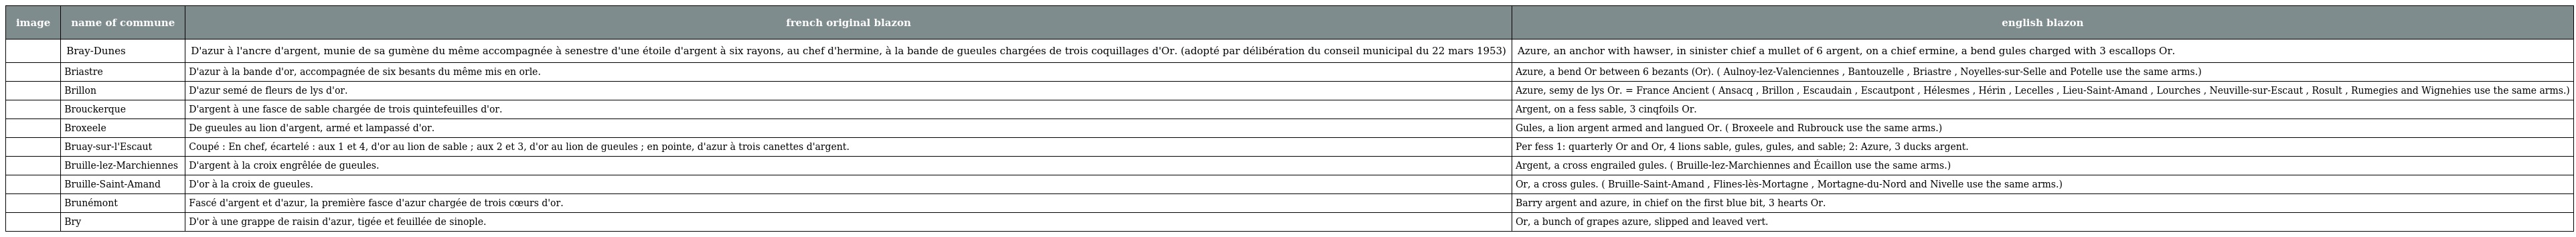
| image | name of commune | french original blazon | english blazon |
 | --- | --- | --- | --- |
 |  | Bray-Dunes | D'azur à l'ancre d'argent, munie de sa gumène du même accompagnée à senestre d'une étoile d'argent à six rayons, au chef d'hermine, à la bande de gueules chargées de trois coquillages d'Or. (adopté par délibération du conseil municipal du 22 mars 1953) | Azure, an anchor with hawser, in sinister chief a mullet of 6 argent, on a chief ermine, a bend gules charged with 3 escallops Or. |
 |  | Briastre | D'azur à la bande d'or, accompagnée de six besants du même mis en orle. | Azure, a bend Or between 6 bezants (Or). ( Aulnoy-lez-Valenciennes , Bantouzelle , Briastre , Noyelles-sur-Selle and Potelle use the same arms.) |
 |  | Brillon | D'azur semé de fleurs de lys d'or. | Azure, semy de lys Or. = France Ancient ( Ansacq , Brillon , Escaudain , Escautpont , Hélesmes , Hérin , Lecelles , Lieu-Saint-Amand , Lourches , Neuville-sur-Escaut , Rosult , Rumegies and Wignehies use the same arms.) |
 |  | Brouckerque | D'argent à une fasce de sable chargée de trois quintefeuilles d'or. | Argent, on a fess sable, 3 cinqfoils Or. |
 |  | Broxeele | De gueules au lion d'argent, armé et lampassé d'or. | Gules, a lion argent armed and langued Or. ( Broxeele and Rubrouck use the same arms.) |
 |  | Bruay-sur-l'Escaut | Coupé : En chef, écartelé : aux 1 et 4, d'or au lion de sable ; aux 2 et 3, d'or au lion de gueules ; en pointe, d'azur à trois canettes d'argent. | Per fess 1: quarterly Or and Or, 4 lions sable, gules, gules, and sable; 2: Azure, 3 ducks argent. |
 |  | Bruille-lez-Marchiennes | D'argent à la croix engrêlée de gueules. | Argent, a cross engrailed gules. ( Bruille-lez-Marchiennes and Écaillon use the same arms.) |
 |  | Bruille-Saint-Amand | D'or à la croix de gueules. | Or, a cross gules. ( Bruille-Saint-Amand , Flines-lès-Mortagne , Mortagne-du-Nord and Nivelle use the same arms.) |
 |  | Brunémont | Fascé d'argent et d'azur, la première fasce d'azur chargée de trois cœurs d'or. | Barry argent and azure, in chief on the first blue bit, 3 hearts Or. |
 |  | Bry | D'or à une grappe de raisin d'azur, tigée et feuillée de sinople. | Or, a bunch of grapes azure, slipped and leaved vert. |